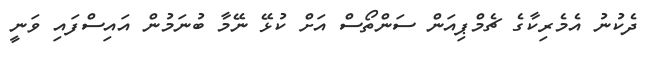
ދެކުނު އެމެރިކާގެ ޗެމްޕިއަން ސަންތޯސް އަށް ކުޅޭ ނޭމާ ބުނަމުން އައިސްފައި ވަނީ